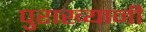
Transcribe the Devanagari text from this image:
पुराख्यानी